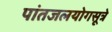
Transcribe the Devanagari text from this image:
पांतजलयोगसूत्रे